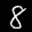
Label: 8